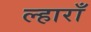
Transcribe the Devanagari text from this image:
ल्हाराँ